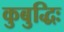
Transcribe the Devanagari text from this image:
कुबुद्धिः